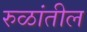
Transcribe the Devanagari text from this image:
रुळांतील